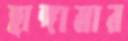
হাঙ্গামার